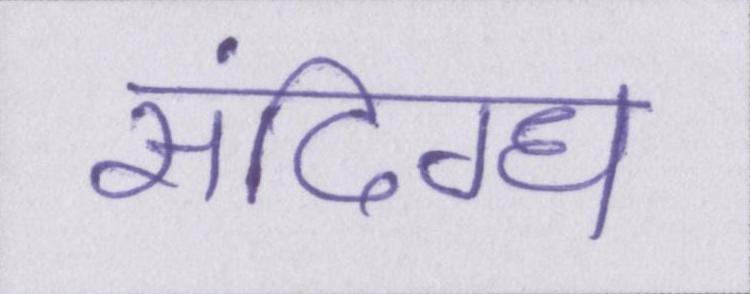
संदिग्ध